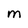
Character: M